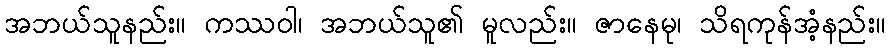
အဘယ်သူနည်း။ ကဿဝါ၊ အဘယ်သူ၏ မူလည်း။ ဇာနေမု၊ သိရကုန်အံ့နည်း။